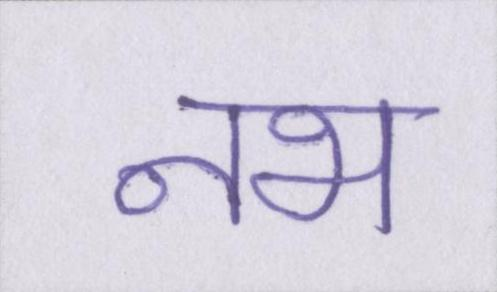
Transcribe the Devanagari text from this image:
नभ